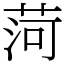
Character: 菏